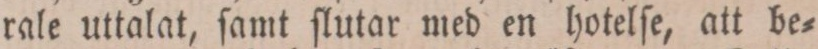
rale uttalat, ſamt ſlutar med en hotelſe, att be=